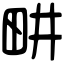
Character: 畊